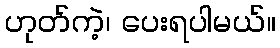
ဟုတ်ကဲ့၊ ပေးရပါမယ်။